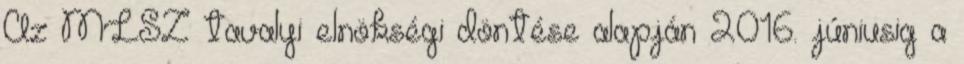
Az MLSZ tavalyi elnökségi döntése alapján 2016. júniusig a